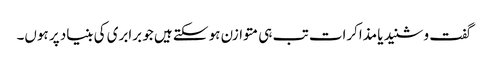
گفت و شنید یا مذاکرات تب ہی متوازن ہو سکتے ہیں جو برابری کی بنیاد پر ہوں۔